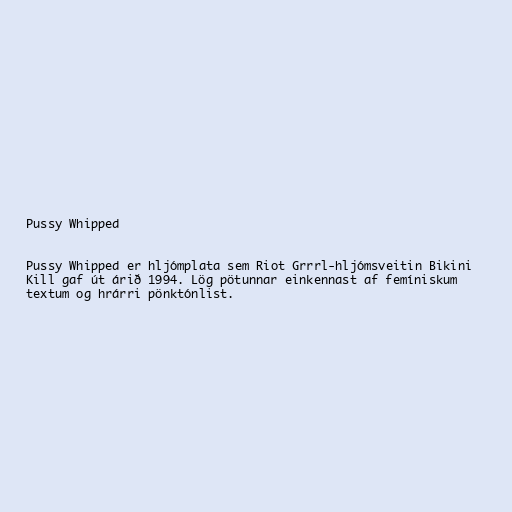
Pussy Whipped

Pussy Whipped er hljómplata sem Riot Grrrl-hljómsveitin Bikini
Kill gaf út árið 1994. Lög pötunnar einkennast af femíniskum
textum og hrárri pönktónlist.